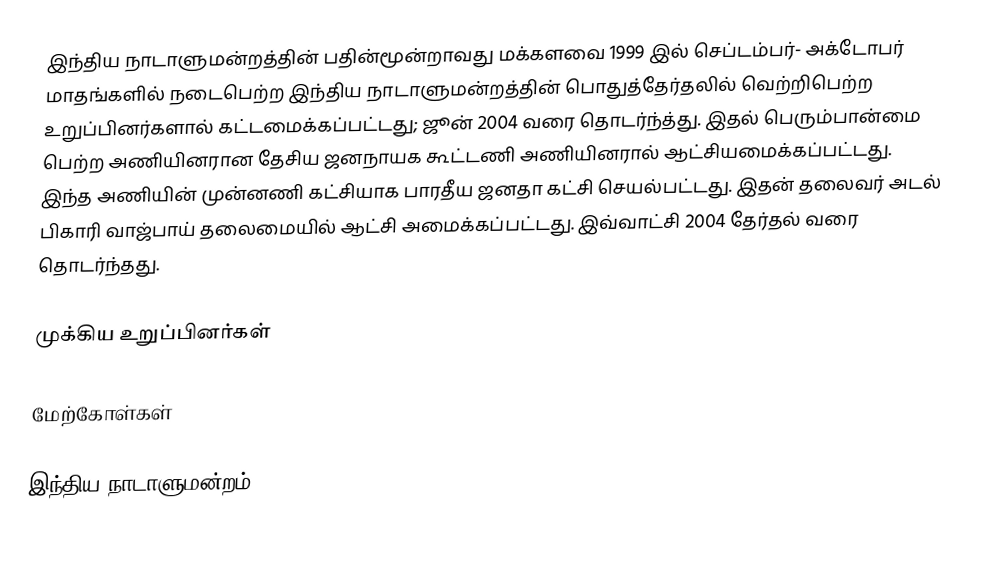
இந்திய நாடாளுமன்றத்தின் பதின்மூன்றாவது மக்களவை 1999 இல் செப்டம்பர்- அக்டோபர் மாதங்களில் நடைபெற்ற இந்திய நாடாளுமன்றத்தின் பொதுத்தேர்தலில் வெற்றிபெற்ற உறுப்பினர்களால் கட்டமைக்கப்பட்டது; ஜூன் 2004 வரை தொடர்ந்த்து. இதல் பெரும்பான்மை பெற்ற அணியினரான தேசிய ஜனநாயக கூட்டணி அணியினரால் ஆட்சியமைக்கப்பட்டது. இந்த அணியின் முன்னணி கட்சியாக பாரதீய ஜனதா கட்சி செயல்பட்டது. இதன் தலைவர் அடல் பிகாரி வாஜ்பாய் தலைமையில் ஆட்சி அமைக்கப்பட்டது. இவ்வாட்சி 2004 தேர்தல் வரை தொடர்ந்தது.

முக்கிய உறுப்பினர்கள்

மேற்கோள்கள்

இந்திய நாடாளுமன்றம்